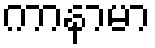
ကာနာမာ